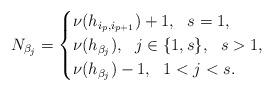
LaTeX: \begin{align*} N_{\beta_j}=\begin{cases} \nu(h_{i_p,i_{p+1}})+1,\ \ s=1,\\ \nu(h_{\beta_j}), \ \ j\in\{1, s\},\ \ s>1, \\\nu(h_{\beta_j})-1,\ \ 1<j<s. \end{cases}\end{align*}